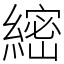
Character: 䌏